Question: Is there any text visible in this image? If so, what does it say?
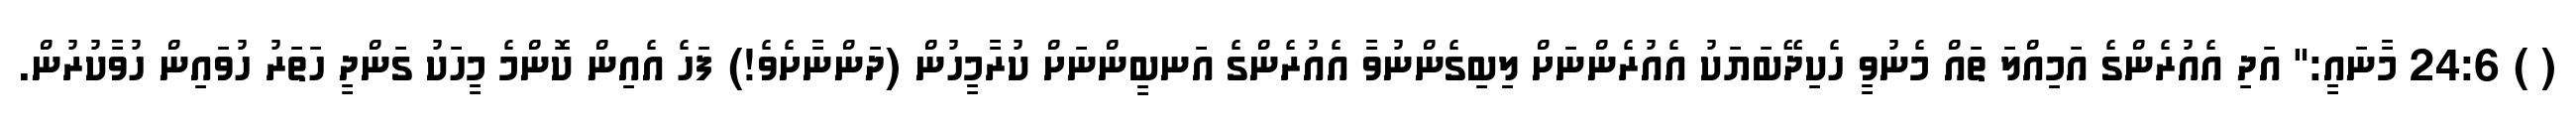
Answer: ( ) 24:6 މާނައީ:" އަދި އެއުރެންގެ އަމިއްލަ ތައް މެނުވީ ހެކިދޭބަޔަކު އެއުރެންނަށް ލިބިގެންނުވާ އެއުރެންގެ އަނބީންނަށް ކުރާމީހުން (ދަންނާށެވެ!) ފަހެ އެއިން ކޮންމެ މީހަކު ގަންދީ ހަތަރު ހުވައިން ހުވާކުރުން.